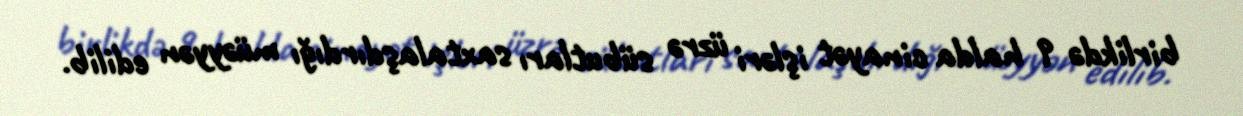
birlikdə 9 halda cinayət işləri üzrə sübutları saxtalaşdırdığı müəyyən edilib.